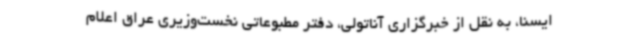
ایسنا، به نقل از خبرگزاری آناتولی، دفتر مطبوعاتی نخست‌وزیری عراق اعلام